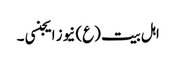
اہل بیت (ع) نیوز ایجنسی ۔